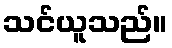
သင်ယူသည်။